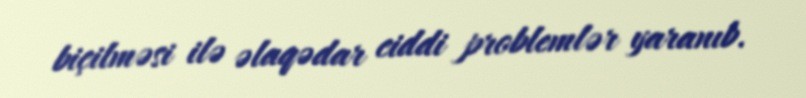
biçilməsi ilə əlaqədar ciddi problemlər yaranıb.